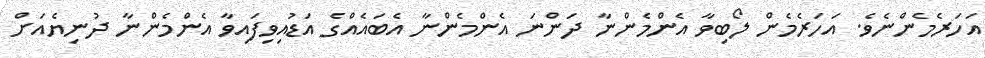
އަހަރެމެންނެވެ. އަހަރެމެން ލޯބިވާ އެންމެންނާ ދަންނަ އެންމެންނާ އެބައެއްގެ އަޑުއިވިފައިވާ އެންމެންނާ ދުނިޔެއަށް